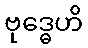
ဗုဒ္ဓေဟိ